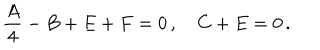
LaTeX: \frac { A } { 4 } - B + E + F = 0 \, , \quad C + E = 0 \, .